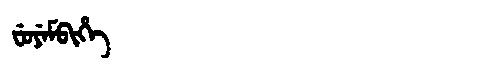
Manchu: ᠸᡠᠶᡝᠮᠪᡳᡥᡝ
Romanization: FUYEMBIHE